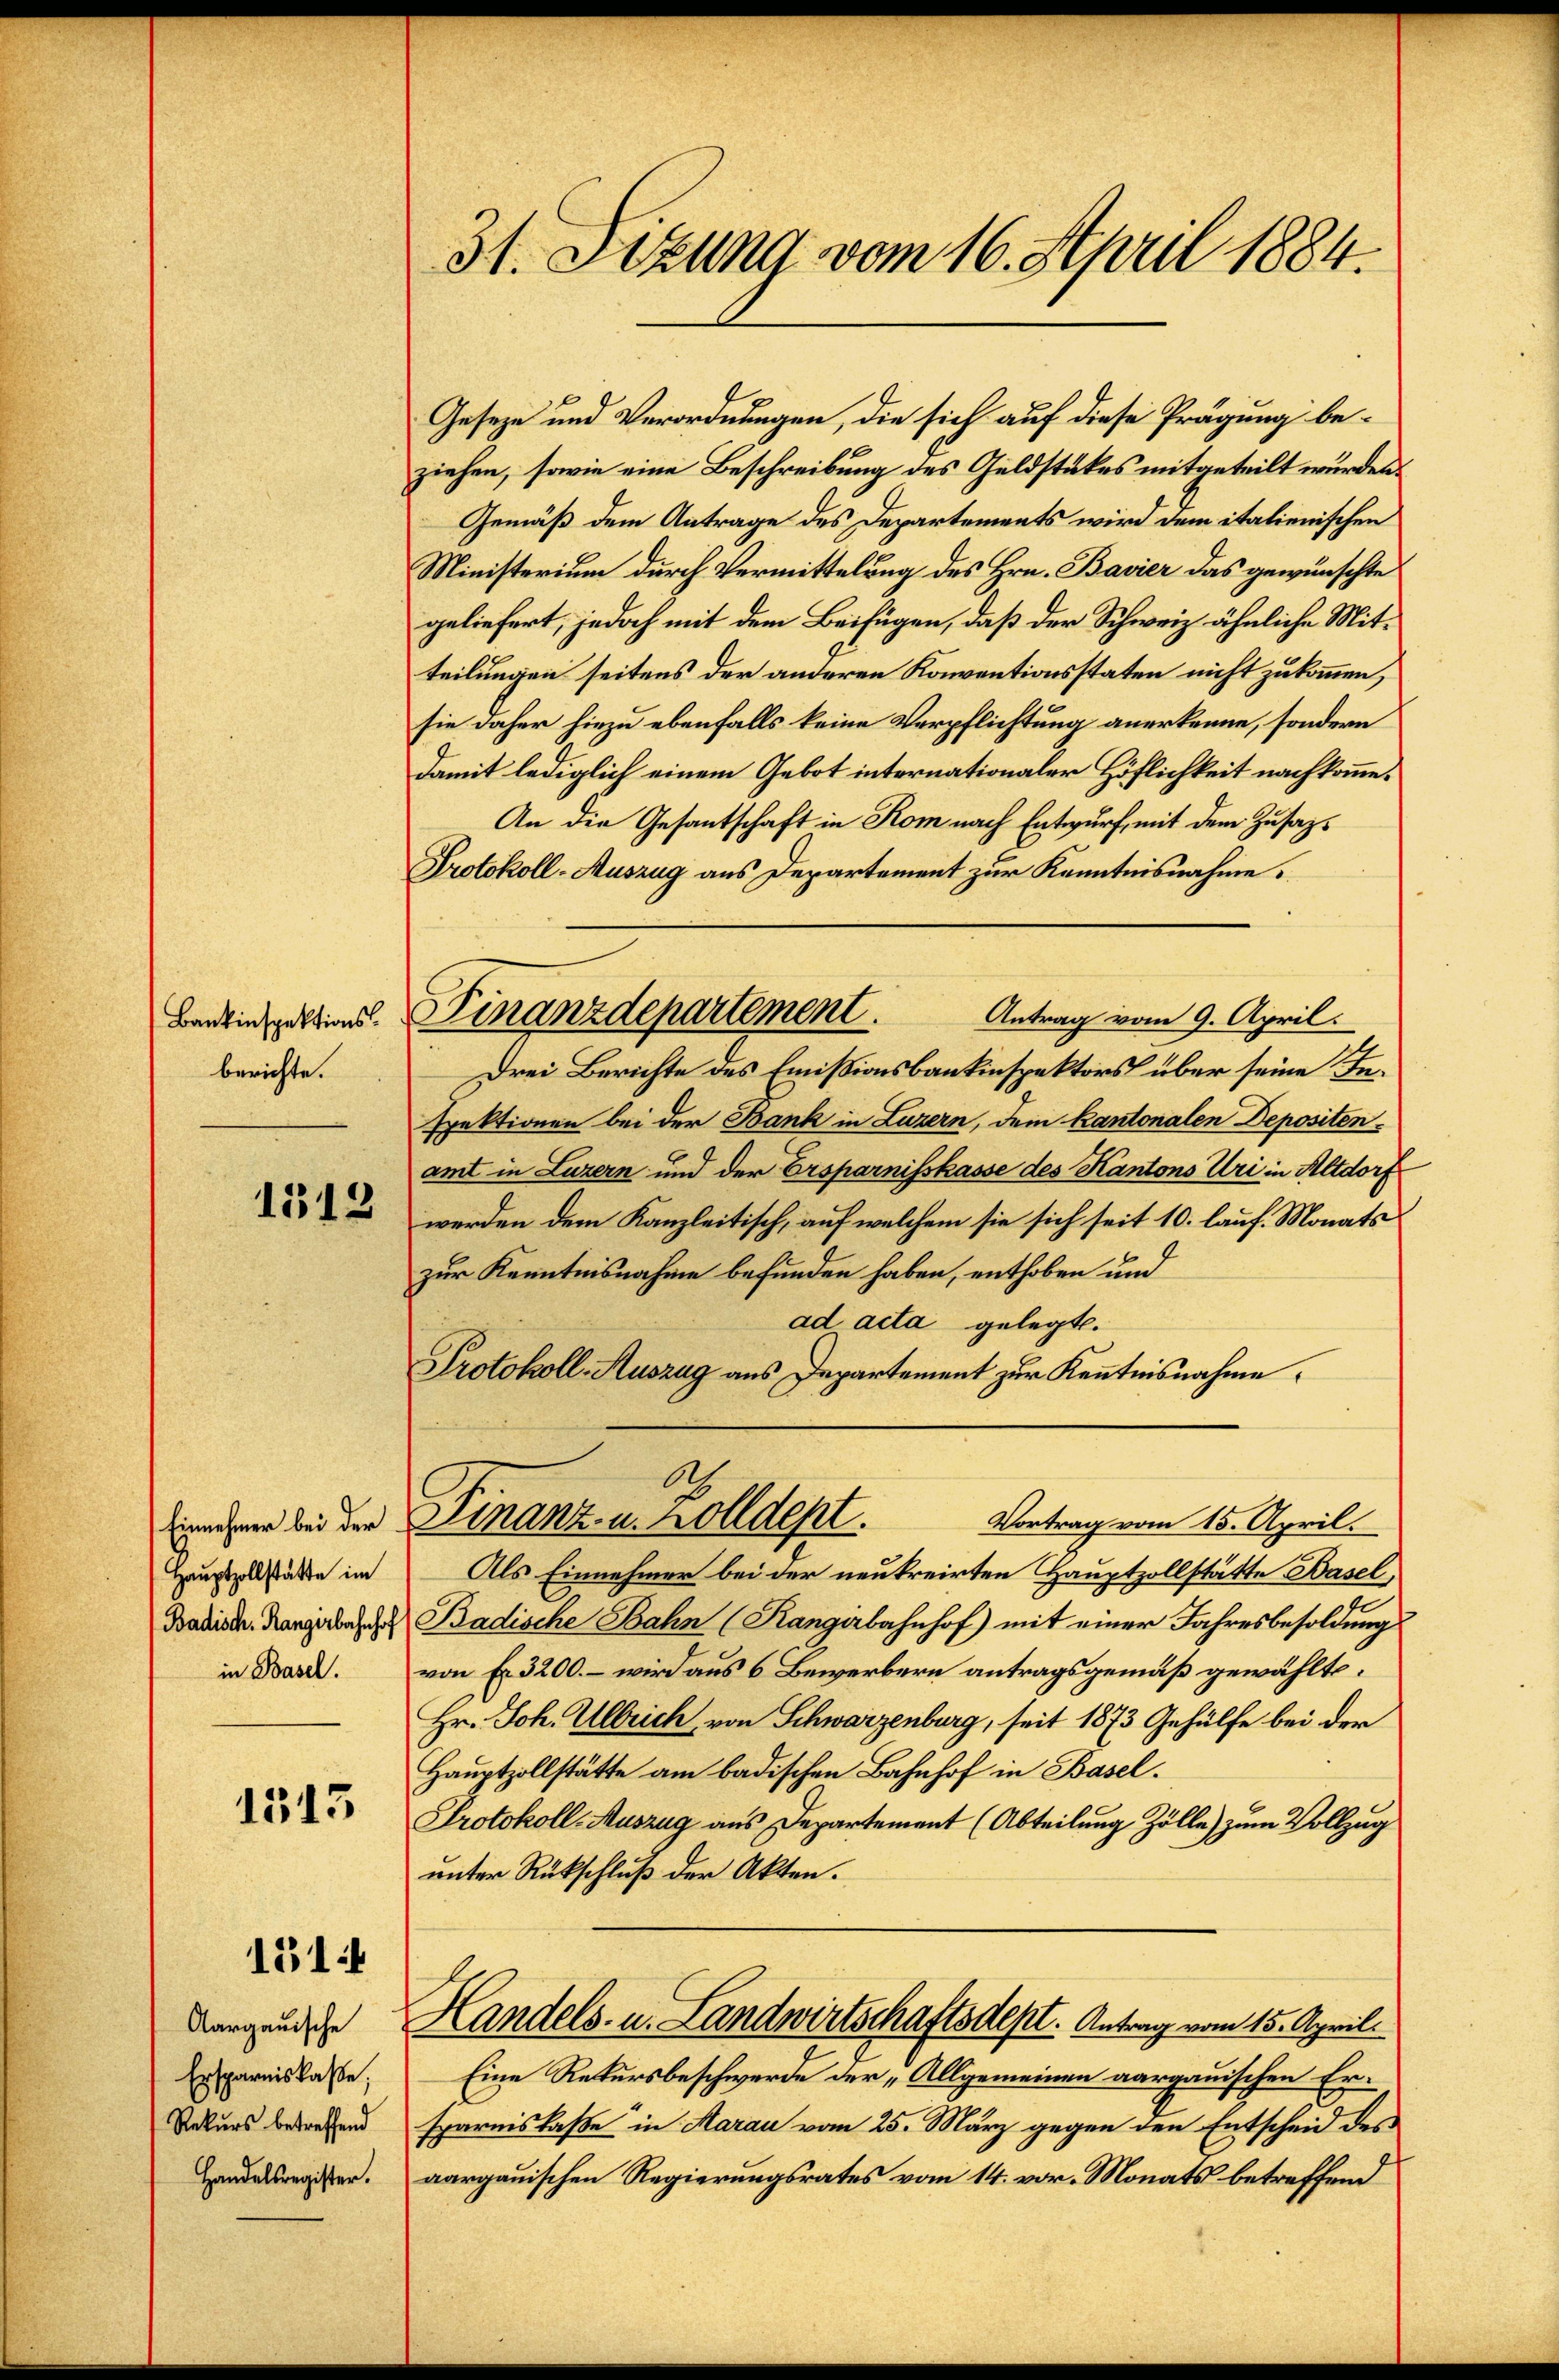
Bankinspektionsberichte.

1512

Einnehmer bei der
Hauptzollstätte im
Badisch. Rangerbahnhof
in Basel.

1543

1514

Aargauische
Ersparniskasse;
Rekurs betreffend
Handelsregister.

31. Sitzung vom 16. April 1884.

Finanzdepartement
Antrag vom 9. April.

Geseze und Verordnungen, die sich auf diese Prägung be-
ziehen, sowie eine Beschreibung des Geldstükes mitgeteilt wurden.
Gemäß dem Antrage des Departements wird dem italienischen
Ministerium durch Vermittelung des Hrn. Bavier das gewünschte
geliefert, jedoch mit dem Beifügen, daß der Schweiz ähnliche Mitteilungen seitens der anderen Konventionsstaten nicht zukommen,
sie daher hiezu ebenfalls keine Verpflichtung anerkenne, sondern
Damit lediglich einem Gebot internationaler Höflichkeit nachkomme.
An die Gesantschaft in Kom nach Entwurf, mit dem Zusaz¬
Protokoll-Auszug aus Departement zur Kenntnisnahme.
Drei Berichte des Emißionsbauinspektors über seine Inspektionen bei der Bank in Luzern, dem Kantonalen Depositen
amt in Luzern und der Ersparnisskasse des Kantons Uri in Altdorf
werden dem Kanzleitisch, auf welchem sie sich seit 10. lauf. Monatszur Kenntnisnahme befunden haben, enthoben und
ad acta gelegt.
Protokoll-Auszug aus Departement zur Kenntnisnahme.
Finanz- u. Zolldept.
Vortrag vom 15. April.
Als Einnehmer bei der neukreirten Hauptzollstätte Basel,
Badische Bahn (Rangebahnhof) mit einer Jahresbesoldung
von Fr. 3200. – wird aus 6 Bewerbern antragsgemäß gewählte.
Hr. Joh. Ullrich von Schwarzenburg, seit 1873 Gehülfe bei der
Hauptzollstätte am badischen Bahnhof in Basel.
Protokoll-Auszug aus Departement (Abteilung Zölle) zum Vollzug
unter Rückschluß der Akten.
Handels- u. Landwirtschaftsdept. Antrag vom 15. April.
Eine Rekursbeschwerde der „Allgemeinen aargauischen Ersparnislaße in Aarau vom 25. März gegen den Entscheid des
aargauischen Regierungsrates vom 14. vor. Monats betreffend